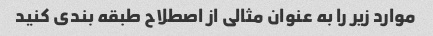
موارد زیر را به عنوان مثالی از اصطلاح طبقه بندی کنید